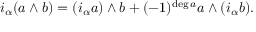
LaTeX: i _ { \alpha } ( a \wedge b ) = ( i _ { \alpha } a ) \wedge b + ( - 1 ) ^ { \deg a } a \wedge ( i _ { \alpha } b ) .